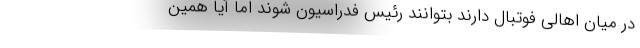
در میان اهالی فوتبال دارند بتوانند رئیس فدراسیون شوند اما آیا همین